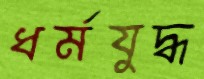
ধর্মযুদ্ধ